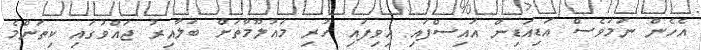
އެހެން ނަމަވެސް އަޑިއަޑިން އައިސްފައި އިވިފައި ހުރި މައުލޫމާތަށް ބަލާއިރު ޖައްވުގައި ކިތަންމެ